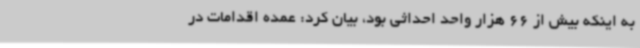
به اینکه بیش از 66 هزار واحد احداثی بود، بیان کرد: عمده اقدامات در